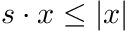
s \cdot x \leq | x |